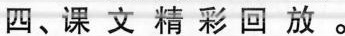
四、课 文 精 彩 回 放 。